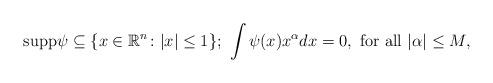
LaTeX: \begin{align*}{\rm supp}\psi\subseteq\{x\in\mathbb R^{n}\colon\vert x\vert\leq1\};\ \int{\psi(x)}x^{\alpha}dx=0,\ {\rm for\ all}\ \vert\alpha\vert\leq M,\end{align*}